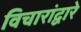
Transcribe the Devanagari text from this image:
विचारांद्वारे